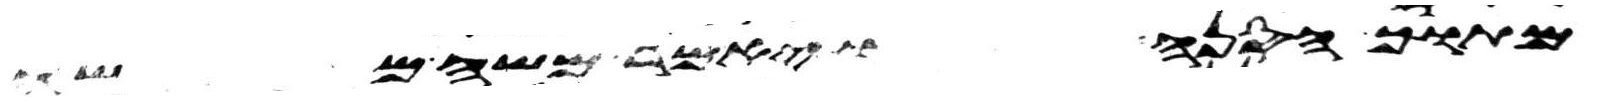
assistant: מתוך הסנה ויאמר משה משה